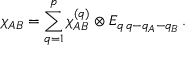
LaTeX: \chi _ { A B } = \sum _ { q = 1 } ^ { p } \chi _ { A B } ^ { ( q ) } \otimes E _ { q \, q - q _ { A } - q _ { B } } \, .